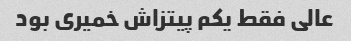
عالی فقط یکم پیتزاش خمیری بود